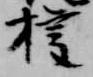
権